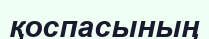
қоспасының